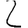
Digit: 2